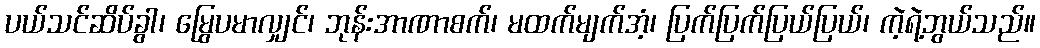
ပယ်သင်ဆိပ်ခွါ၊ မြွေပမာလျှင်၊ ဘုန်းအာဏာစက်၊ မထက်မျက်အံ့၊ ပြက်ပြက်ပြယ်ပြယ်၊ ကဲ့ရဲ့ဘွယ်သည်။